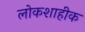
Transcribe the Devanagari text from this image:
लोकशाहीक